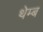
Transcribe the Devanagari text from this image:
थेम्ब